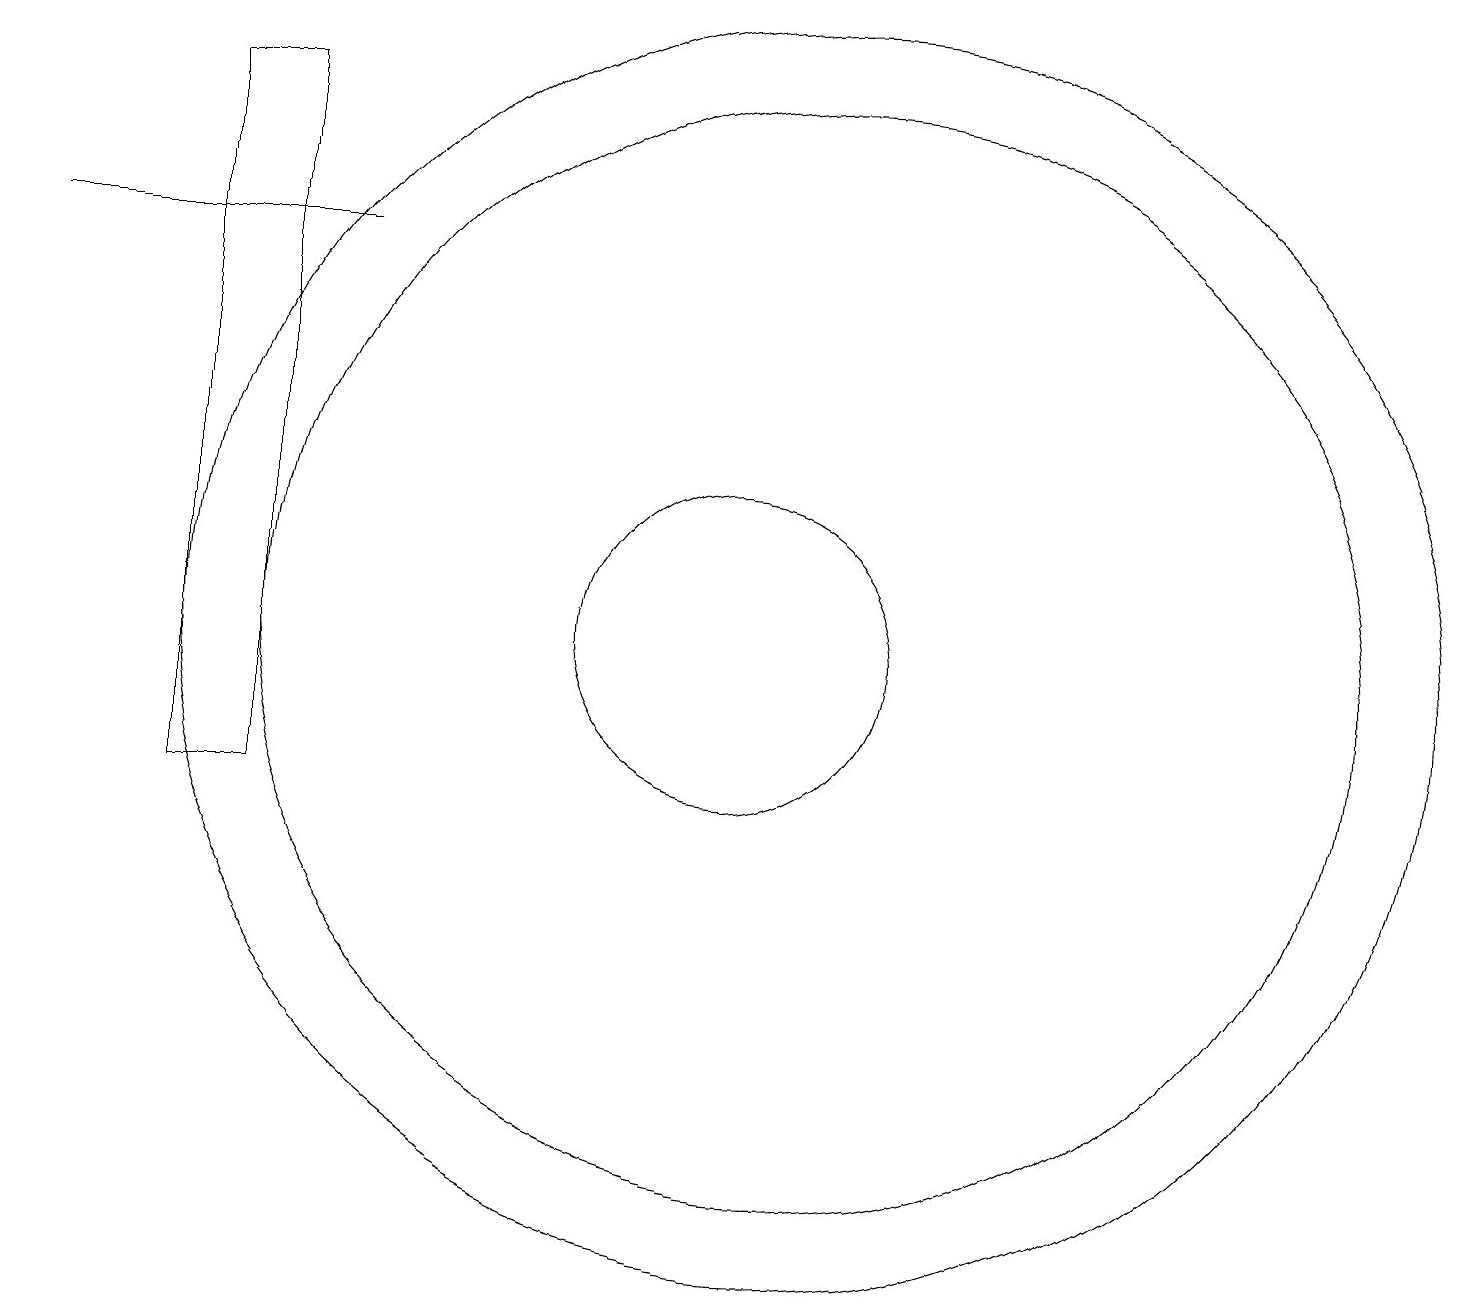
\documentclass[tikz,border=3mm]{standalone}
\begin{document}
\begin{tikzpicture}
\draw (3,18) rectangle (3,12);
\draw (11,12) circle (7);
\draw (10,12) circle (2);
\draw (1,17) rectangle (5,17);
\draw (11,12) circle (8);
\draw (4,19) rectangle (3,10);
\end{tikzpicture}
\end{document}